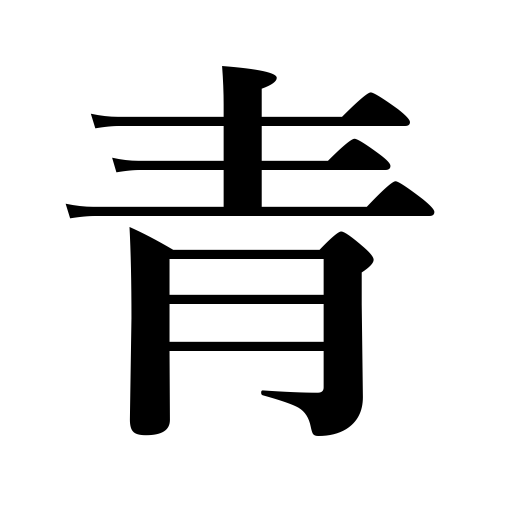
Meanings: unripe,green light,green,blue,pale